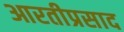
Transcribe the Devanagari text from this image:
आरतीप्रसाद